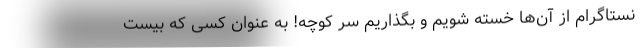
نستاگرام از آن‌ها خسته شویم و بگذاریم سر کوچه! به عنوان کسی که بیست